画像に写った文字を読んでください
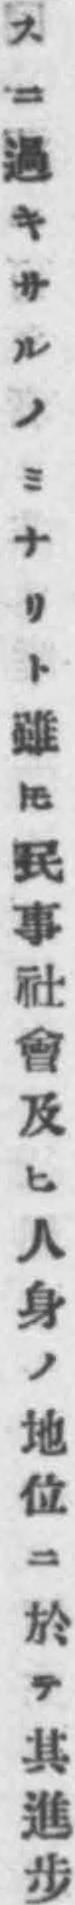
「スニ過キサルノミナリト雖𪜈民事社會及ヒ人身ノ地位ニ於テ其進步」と書いてあります